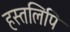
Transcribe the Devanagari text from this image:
हस्‍तलिपि